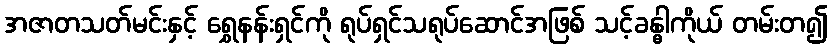
အဇာတသတ်မင်းနှင့် ရွှေနန်းရှင်ကို ရုပ်ရှင်သရုပ်ဆောင်အဖြစ် သင့်ခန္ဓါကိုယ် တမ်းတ၍